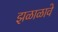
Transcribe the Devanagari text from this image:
झळाळावे